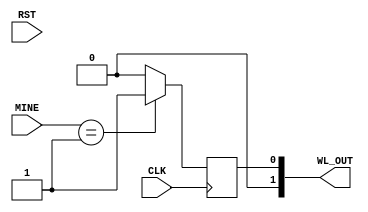
module WIN_LOSE ( //
    input   CLK,RST,
    input [1:0] MINE ,//output
    //input   ENEMY, //   1 [1:0]
    output  reg [1:0] WL_OUT //HP 00 01  1011
);

reg [1:0] ENEMY;
initial begin
  ENEMY <= 2'b00;
  WL_OUT <= 2'b00;
 end   

always @(posedge CLK) begin
    if(ENEMY == 01 && MINE == 01)
        WL_OUT <= 2'b11; //
    else if(ENEMY == 01 && MINE != 01)
        WL_OUT <= 2'b10; //
    else if(MINE  == 01 && ENEMY != 01)
        WL_OUT <= 2'b01; //
    else
        WL_OUT <= 2'b00; // WL_OUT00
          
end

    
endmodule